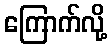
ကြောက်လို့